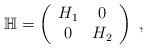
LaTeX: \begin{align*}\mathbb{H}=\left(\begin{array}{cc} H_1 & 0 \\ 0 & H_2\end{array} \right) \;,\end{align*}